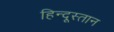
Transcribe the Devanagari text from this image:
हिन्दूस्तान